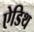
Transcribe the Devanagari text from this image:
ऐडिथ